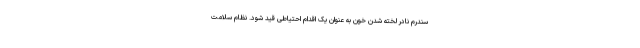
سندرم نادر لخته شدن خون به عنوان یک اقدام احتیاطی قید شود. نظام سلامت